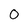
Character: O